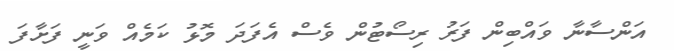
އަންސާނާ ވައްބިން ފަރު ރިސޯޓުން ވެސް އެފަދަ މޮޅު ކަމެއް ވަނީ ފަށާފަ